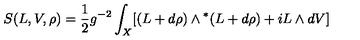
S ( L , V , \rho ) = \frac { 1 } { 2 } g ^ { - 2 } \int _ { X } [ ( L + d \rho { } ) \wedge { } ^ { * } ( L + d \rho { } ) + i L \wedge { } d V ]